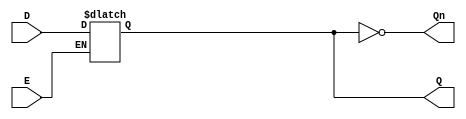
module async_gated_latch (
    input wire D,      // Data input
    input wire E,      // Enable signal
    output reg Q,      // Output Q
    output wire Qn     // Complementary output Q'
);

// Complementary output
assign Qn = ~Q;

// Always block to capture the data input based on the enable signal
always @(*) begin
    if (E) begin
        Q = D; // Capture D when E is high
    end
    // If E is low, Q retains its previous value (no assignment)
end

endmodule